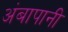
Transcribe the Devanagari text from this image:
अंबापानी